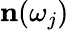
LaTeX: \mathbf{n}(\omega_{j})